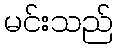
မင်းသည်